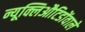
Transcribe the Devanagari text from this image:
न्यूक्लिऔटिडोंवाले